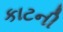
કાટની